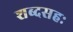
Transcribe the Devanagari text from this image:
शब्दसहः